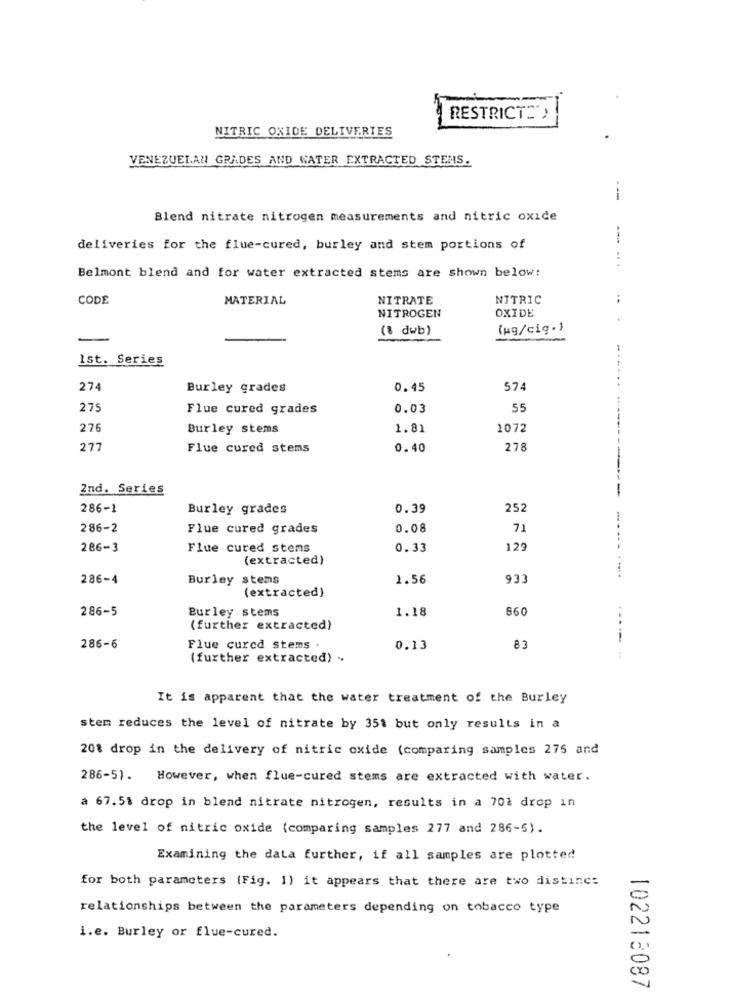
RESTRICT=")
NITRIC OXIDE DELIVERIES
VENEZUELAN GRADES AND WATER EXTRACTED STENS.
--
Blend nitrate nitrogen measurements and nitric oxide
deliveries for the flue-cured, burley and stem portions of
Belmont blend and for water extracted stems are shown below:
CODE
MATERIAL
NITRATE
NITRIC
NITROGEN
OXIDE
(8 dwb)
(ug/cig.)
Ist. Series
274
Burley grades
0.45
574
275
Flue cured grades
0.03
55
276
Burley stems
1.81
1072
277
Flue cured stems
0.40
278
2nd. Series
-
286-1
Burley grades
0.39
252
286-2
Flue cured grades
0.08
71
286-3
Flue cured stems
0.33
129
(extracted)
286-4
Burley stems
1.56
933
(extracted)
286-5
Burley stems
1.18
660
(further extracted)
286-6
Flue cured stems
0.13
83
(further extracted) .
It is apparent that the water treatment of the Burley
stem reduces the level of nitrate by 35t but only results in a
20% drop in the delivery of nitric oxide (comparing samples 275 and
286-5). However, when flue-cured stems are extracted with water.
a 67.5% drop in blend nitrate nitrogen, results in a 70% drop in
the level of nitric oxide (comparing samples 277 and 286-5).
Examining the data further, if all samples are plotted
for both parameters (Fig. 1) it appears that there are two distinct
relationships between the parameters depending on tobacco type
i.e. Burley or flue-cured.
102213087